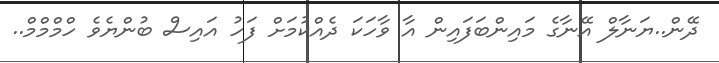
ދޭން..ޔަނާލް އޭނާގެ މައިންބަފައިން އާ ވާހަކަ ދެއްކުމަށް ފަހު އައިސް ބުންޔެވެ ހްމްމްމް..